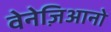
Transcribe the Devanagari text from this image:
वेनेज़िआनो